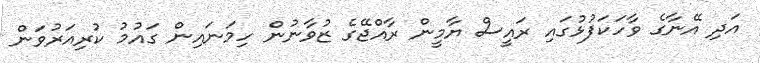
އަދި އޭނާގެ ވާހަކަފުޅުގައި ރައީސް ޔާމީން ރާއްޖޭގެ ޒުވާނުން ހިމަނައިން ގައުމު ކުރިއަރުވަން